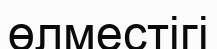
өлместігі